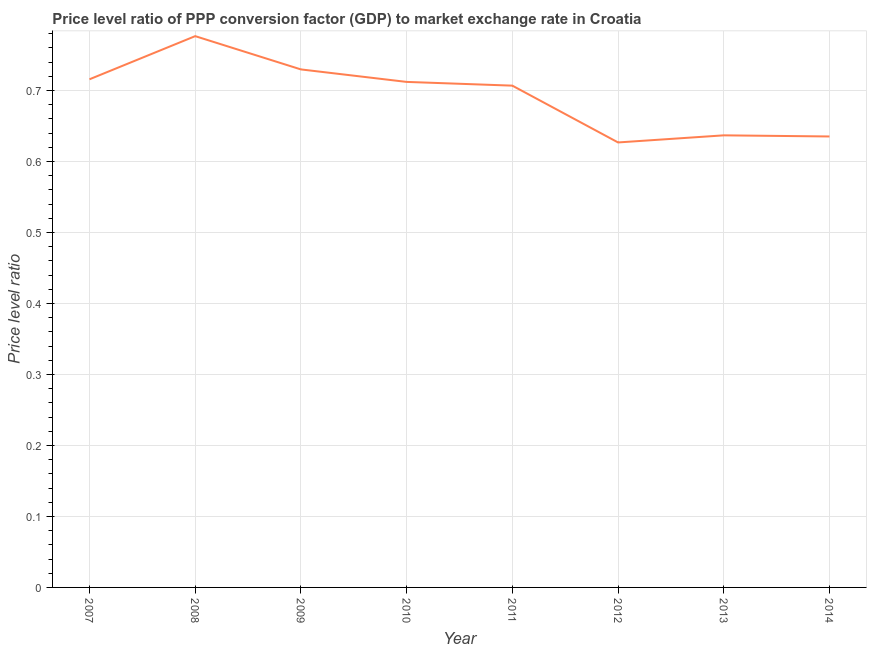
| Year | Price level ratio |
 | --- | --- |
 | 2007 | 0.716 |
 | 2008 | 0.777 |
 | 2009 | 0.73 |
 | 2010 | 0.712 |
 | 2011 | 0.707 |
 | 2012 | 0.627 |
 | 2013 | 0.637 |
 | 2014 | 0.635 |